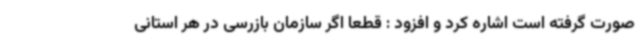
صورت گرفته است اشاره کرد و افزود : قطعا اگر سازمان بازرسی در هر استانی